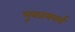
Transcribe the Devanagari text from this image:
लुक्जमवर्ग